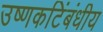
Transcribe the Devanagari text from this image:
उष्णकटिंबंधीय